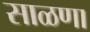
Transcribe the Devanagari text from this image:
साळणा